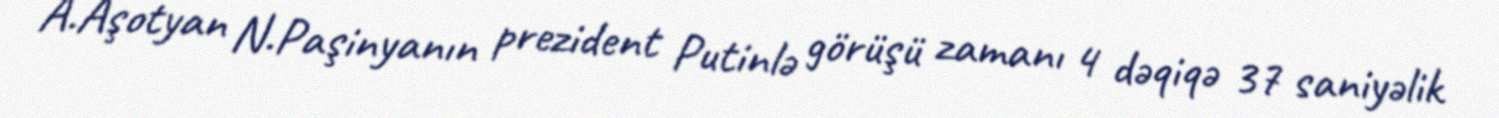
A.Aşotyan N.Paşinyanın prezident Putinlə görüşü zamanı 4 dəqiqə 37 saniyəlik